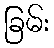
ခြမ်း